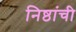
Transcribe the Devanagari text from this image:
निष्ठांची